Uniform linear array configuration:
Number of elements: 8
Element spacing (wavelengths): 0.75
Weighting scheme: uniform
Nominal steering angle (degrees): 30
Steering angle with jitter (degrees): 29.996
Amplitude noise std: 0.05
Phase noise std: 0.05

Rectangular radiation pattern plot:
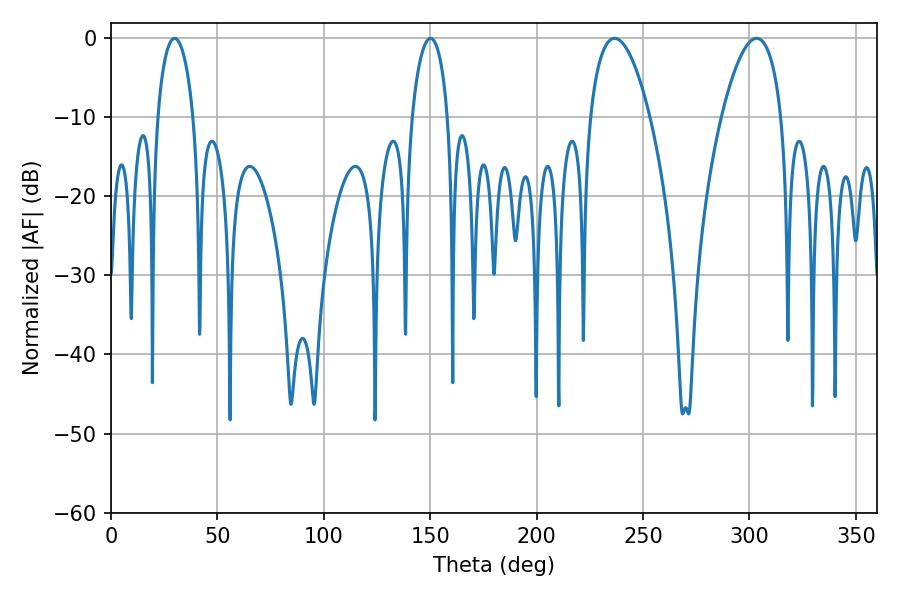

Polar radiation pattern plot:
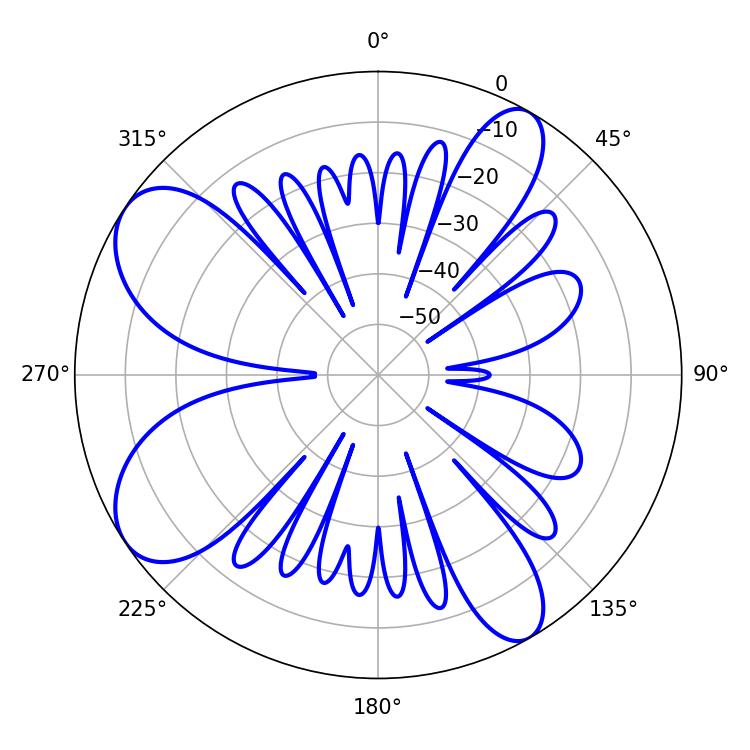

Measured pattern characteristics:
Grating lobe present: TRUE
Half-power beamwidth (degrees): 9.54
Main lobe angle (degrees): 29.88